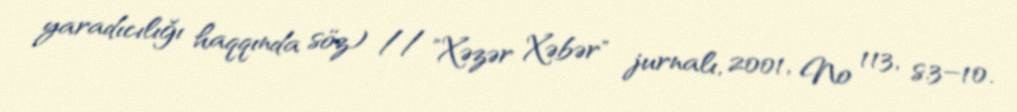
yaradıcılığı haqqında söz) // "Xəzər Xəbər" jurnalı, 2001, № 113, s.3–10.